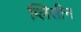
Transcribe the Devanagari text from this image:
ग्लिसीन